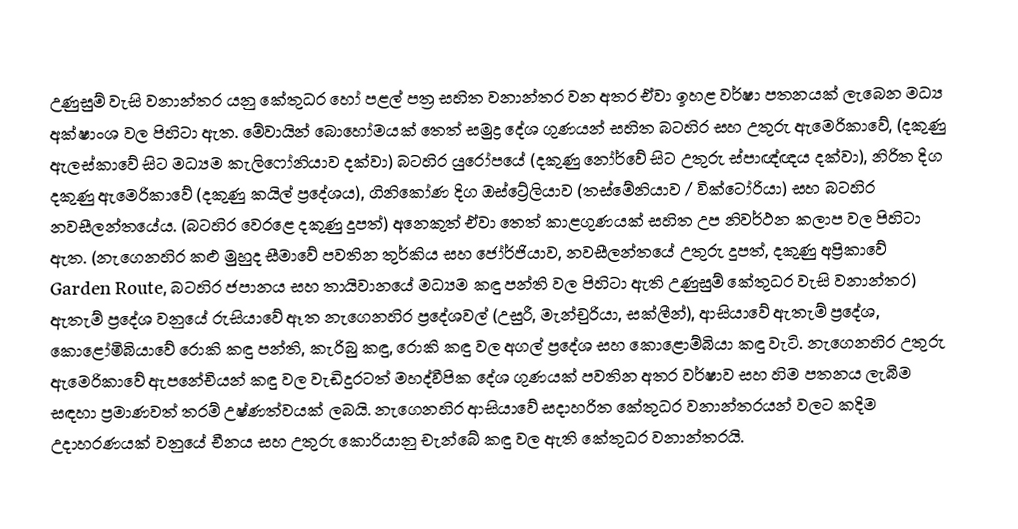
උණුසුම් වැසි වනාන්තර යනු කේතුධර හෝ පළල් පත්‍ර සහිත වනාන්තර වන අතර ඒවා ඉහළ වර්ෂා පතනයක් ලැබෙන මධ්‍ය අක්ෂාංශ වල පිහිටා ඇත.  මේවායින් බොහෝමයක් තෙත් සමුද්‍ර දේශ ගුණයන් සහිත බටහිර සහ උතුරු ඇමෙරිකාවේ, (දකුණු ඇලස්කාවේ සිට මධ්‍යම කැලිෆෝනියාව දක්වා) බටහිර යුරෝපයේ (දකුණු නෝර්වේ සිට උතුරු ස්පාඥ්ඥය දක්වා), නිරිත දිග දකුණු ඇමෙරිකාවේ (දකුණු කයිල් ප්‍රදේශය), ගිනිකෝණ දිග ඔස්ට්‍රේලියාව (තස්මේනියාව / වික්ටෝරියා) සහ බටහිර නවසීලන්තයේය. (බටහිර වෙරළෙ දකුණු දූපත්) අනෙකුත් ඒවා තෙත් කාළගුණයක් සහිත උප නිවර්ථන කලාප වල පිහිටා ඇත. (නැගෙනහිර කළු මුහුද සීමාවේ පවතින තුර්කිය සහ ජෝර්ජියාව, නවසීලන්තයේ උතුරු දූපත්, දකුණු අප්‍රිකාවේ Garden Route, බටහිර ජපානය සහ තායිවානයේ මධ්‍යම කඳු පන්ති වල පිහිටා ඇති උණුසුම් කේතුධර වැසි වනාන්තර) ඇතැම් ප්‍රදේශ වනුයේ රුසියාවේ ඈත නැගෙනහිර ප්‍ර‍දේශවල් (උසුරී, මැන්චුරියා, සක්ලීන්), ආසියාවේ ඇතැම් ප්‍රදේශ, කොළෝමිබියාවේ රොකි කඳු පන්ති, කැරිබු කඳු, රොකි කඳු වල අගල් ප්‍රදේශ සහ කොළොම්බියා කඳු වැටි. නැගෙනහිර උතුරු ඇමෙරිකාවේ ඇපනේචියන් කඳු වල වැඩිදුරටත් ‍මහද්වීපික දේශ ගුණයක් පවතින අතර වර්ෂාව සහ හිම පතනය ලැබීම සඳහා ප්‍රමාණවත් තරම් උෂ්ණත්වයක් ලබයි. නැගෙනහිර ආසියාවේ සදාහරිත කේතුධර වනාන්තරයන් වලට කදිම උදාහරණයක් වනුයේ චීනය සහ උතුරු කොරියානු චැන්බේ කඳු වල ඇති කේතුධර වනාන්තරයි.